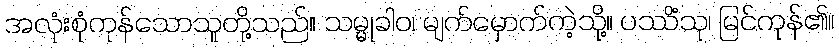
အလုံးစုံကုန်သောသူတို့သည်။ သမ္မုခါဝ၊ မျက်မှောက်ကဲ့သို့။ ပဿိံသု၊ မြင်ကုန်၏။